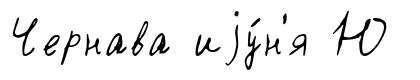
Чернава иjу́н'я Ю